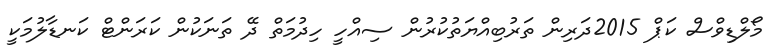
މޯލްޑިވްސް ކަޕް 2015ދަރިން ތަރުބިއްޔަތުކުރުން ސިއްހީ ހިދުމަތް ދޭ ތަނަކުން ކަރަންޓް ކަނޑާލުމަކީ